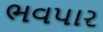
ભવપાર